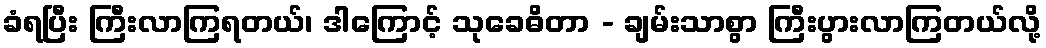
ခံရပြီး ကြီးလာကြရတယ်၊ ဒါကြောင့် သုခေဓိတာ - ချမ်းသာစွာ ကြီးပွားလာကြတယ်လို့